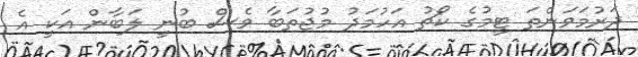
ދަރުމަވަންތަ ޓީމުގެ ކޯޗު އަހުމަދު މުޖުތަބާ ވެސް ބުނީ ލަބާން އަކީ އެ